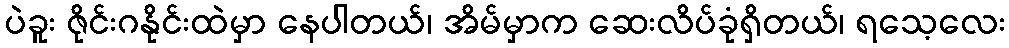
ပဲခူး ဇိုင်းဂနိုင်းထဲမှာ နေပါတယ်၊ အိမ်မှာက ဆေးလိပ်ခုံရှိတယ်၊ ရသေ့လေး